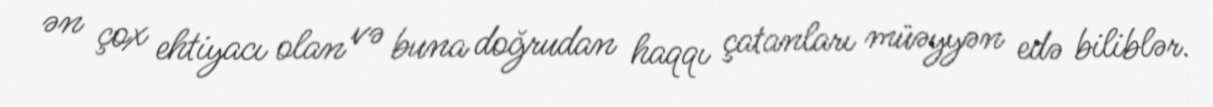
ən çox ehtiyacı olan və buna doğrudan haqqı çatanları müəyyən edə biliblər.